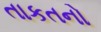
તાકતનો